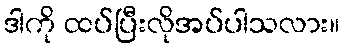
ဒါကို ထပ်ပြီးလိုအပ်ပါသလား။